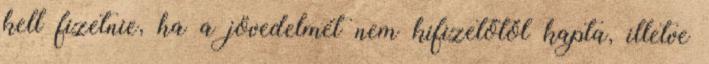
kell fizetnie, ha a jövedelmét nem kifizetőtől kapta, illetve